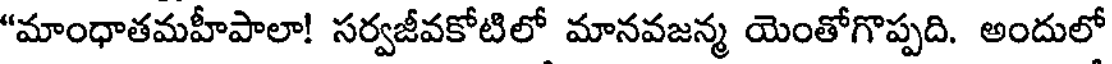
"మాంధాతమహీపాలా! సర్వజీవకోటిలో మానవజన్మ యెంతోగొప్పది. అందులో